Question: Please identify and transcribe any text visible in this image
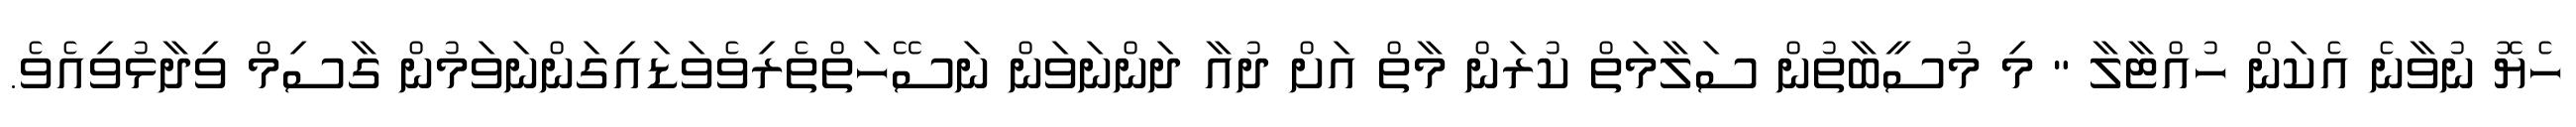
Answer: ހެޔޮ ނުވާނެ އެކަން ހުއްޓާލާ " މި މުސީބާތުން ސަލާމަތް ކުރަން މާތް އަށް ދުއާ ދަންނަވަން ނަސޭހަތްތެރިވެވަޑައިގަންނަވަމުން ގާސިމް ވިދާޅުވިއެވެ.